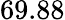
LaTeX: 69.88